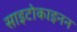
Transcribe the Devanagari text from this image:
साइटोकाइनन